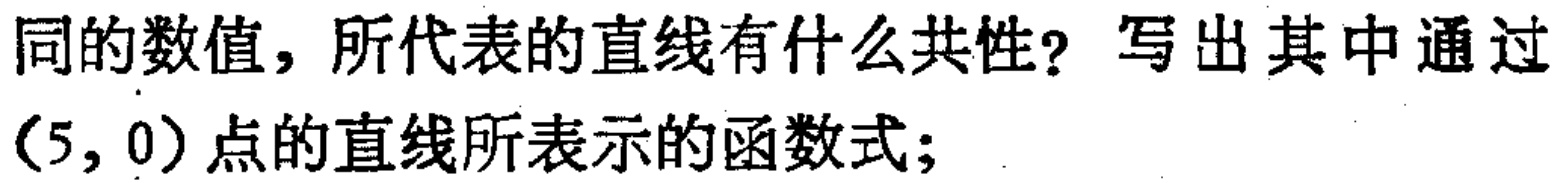
同的数值，所代表的直线有什么共性？写出其中通过

$(5,0)$点的直线所表示的函数式；